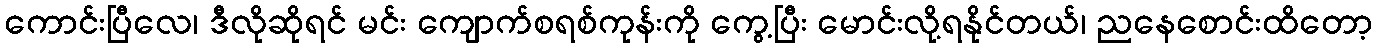
ကောင်းပြီလေ၊ ဒီလိုဆိုရင် မင်း ကျောက်စရစ်ကုန်းကို ကွေ့ပြီး မောင်းလို့ရနိုင်တယ်၊ ညနေစောင်းထိတော့